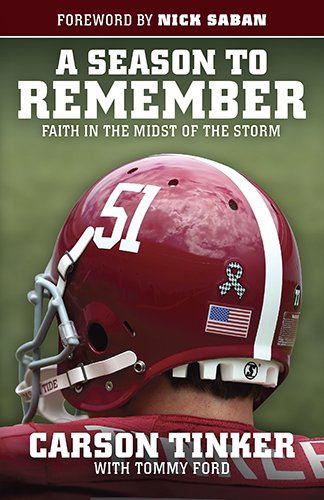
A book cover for A Season to Remember: Faith in the Midst of the Storm; Carson Tinker; Science & Math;